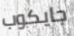
جايكوب